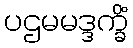
ပဌမမဒ္ဒက္ခိံ